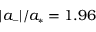
| a _ { \scriptscriptstyle - } | / a _ { \scriptscriptstyle * } = 1 . 9 6